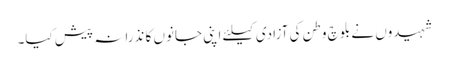
شہیدوں نے بلوچ وطن کی آزادی کیلئے اپنی جانوں کا نذرانہ پیش کیا۔